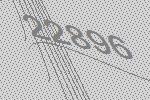
22896